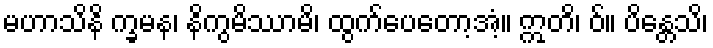
မဟာသိနိ က္ခမန၊ နိကွမိဿာမိ၊ ထွက်ပေတော့အံ့။ ဣတိ၊ ဝ်။ ပိန္တေသိ၊